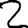
Digit: 2